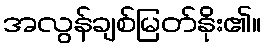
အလွန်ချစ်မြတ်နိုး၏။